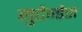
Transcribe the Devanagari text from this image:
मुटेन्डेरा